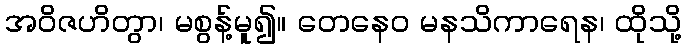
အဝိဇဟိတွာ၊ မစွန့်မူ၍။ တေနေဝ မနသိကာရေန၊ ထိုသို့